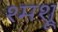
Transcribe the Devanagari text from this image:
श्मश्रू